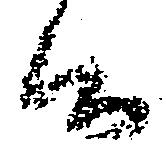
候